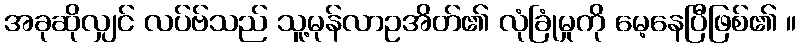
အခုဆိုလျှင် လပ်ဗ်သည် သူ့မုန်လာဥအိတ်၏ လုံခြုံမှုကို မေ့နေပြီဖြစ်၏ ။